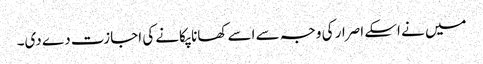
میں نے اسکے اصرار کی وجہ سے اسے کھانا پکانے کی اجازت دے دی۔